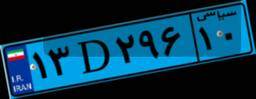
۹۰D۰۸۹۸۹